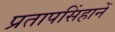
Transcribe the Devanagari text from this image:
प्रतापसिंहानें